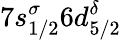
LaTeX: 7s_{1/2}^{\sigma}6d_{5/2}^{\delta}